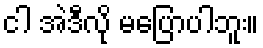
ငါ အဲဒီလို မပြောပါဘူး။